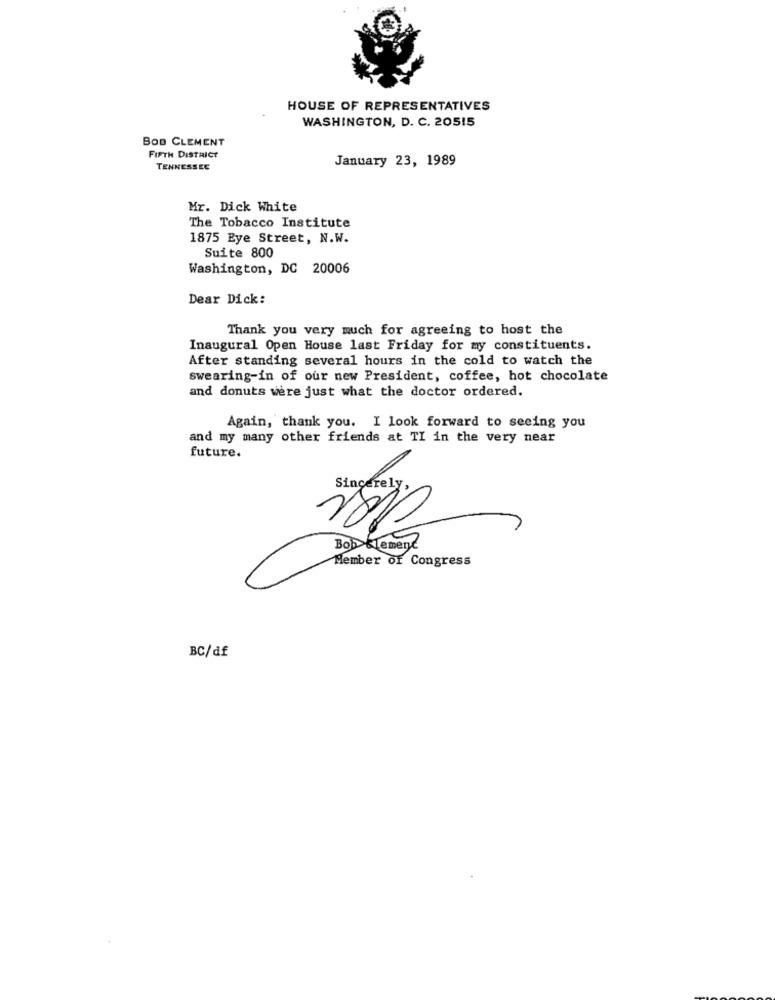
HOUSE OF REPRESENTATIVES
WASHINGTON, D. C. 20515
BOD CLEMENT
FIFTH DISTRICT
January 23, 1989
TENNESSEE
Mr. Dick White
The Tobacco Institute
1875 Eye Street, N.W.
Suite 800
Washington, DC 20006
Dear Dick:
Thank you very much for agreeing to host the
Inaugural Open House last Friday for my constituents.
After standing several hours in the cold to watch the
swearing-in of our new President, coffee, hot chocolate
and donuts were just what the doctor ordered.
Again, thank you. I look forward to seeing you
and my many other friends at TI in the very near
future.
Sincerely
Bob Klement
Member of Congress
BC/df